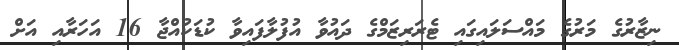
ނިޒާރުގެ މަރުގެ މައްސަލައިގައި ޓެރަރިޒަމްގެ ދައުވާ އުފުލާފައިވާ ކުޑަކުއްޖާ 16 އަހަރާއި އަށް